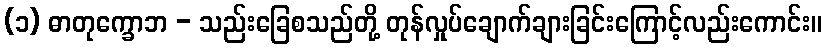
(၁) ဓာတုက္ခောဘ - သည်းခြေစသည်တို့ တုန်လှုပ်ချောက်ချားခြင်းကြောင့်လည်းကောင်း။